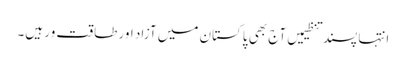
انتہا پسند تنظیمیں آج بھی پاکستان میں آزاد اور طاقت ور ہیں۔